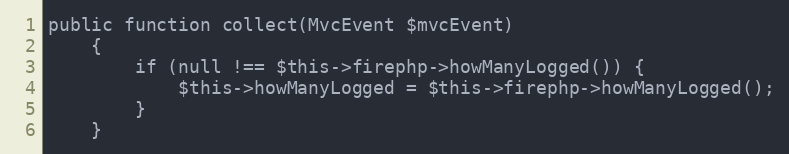
Language: PHP
public function collect(MvcEvent $mvcEvent)
    {
        if (null !== $this->firephp->howManyLogged()) {
            $this->howManyLogged = $this->firephp->howManyLogged();
        }
    }